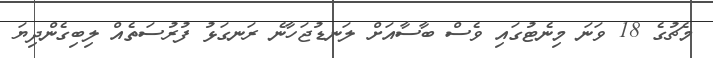
މެޗުގެ 18 ވަނަ މިނެޓުގައި ވެސް ބާސާއަށް ލަނޑުޖަހާނެ ރަނގަޅު ފުރުސަތެއް ލިބިގެންދިޔަ